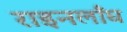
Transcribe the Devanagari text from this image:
राइनलाँघ